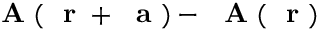
\mathrm { ~ \bf ~ A ~ } ( \mathrm { ~ \bf ~ r ~ } + { \mathrm { ~ \bf ~ a ~ } } ) - \mathrm { ~ \bf ~ A ~ } ( \mathrm { ~ \bf ~ r ~ } )